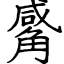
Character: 觱